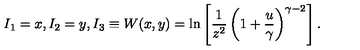
I _ { 1 } = x , I _ { 2 } = y , I _ { 3 } \equiv W ( x , y ) = \ln \left[ { \frac { 1 } { z ^ { 2 } } } \left( 1 + { \frac { u } { \gamma } } \right) ^ { \gamma - 2 } \right] .